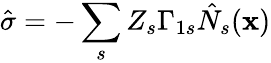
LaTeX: \hat{\sigma}=-\sum_{s}Z_{s}\Gamma_{1s}\hat{N}_{s}({\mathbf x})